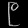
Digit: ၉